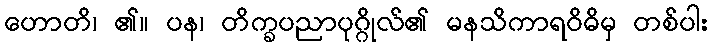
ဟောတိ၊ ၏။ ပန၊ တိက္ခပညာပုဂ္ဂိုလ်၏ မနသိကာရဝိဓိမှ တစ်ပါး